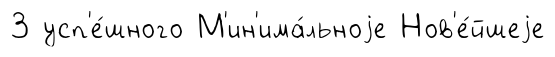
3 усп'е́шного М'ин'има́льноjе Нов'е́йшеjе